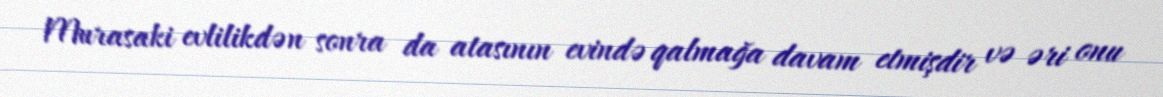
Murasaki evlilikdən sonra da atasının evində qalmağa davam etmişdir və əri onu